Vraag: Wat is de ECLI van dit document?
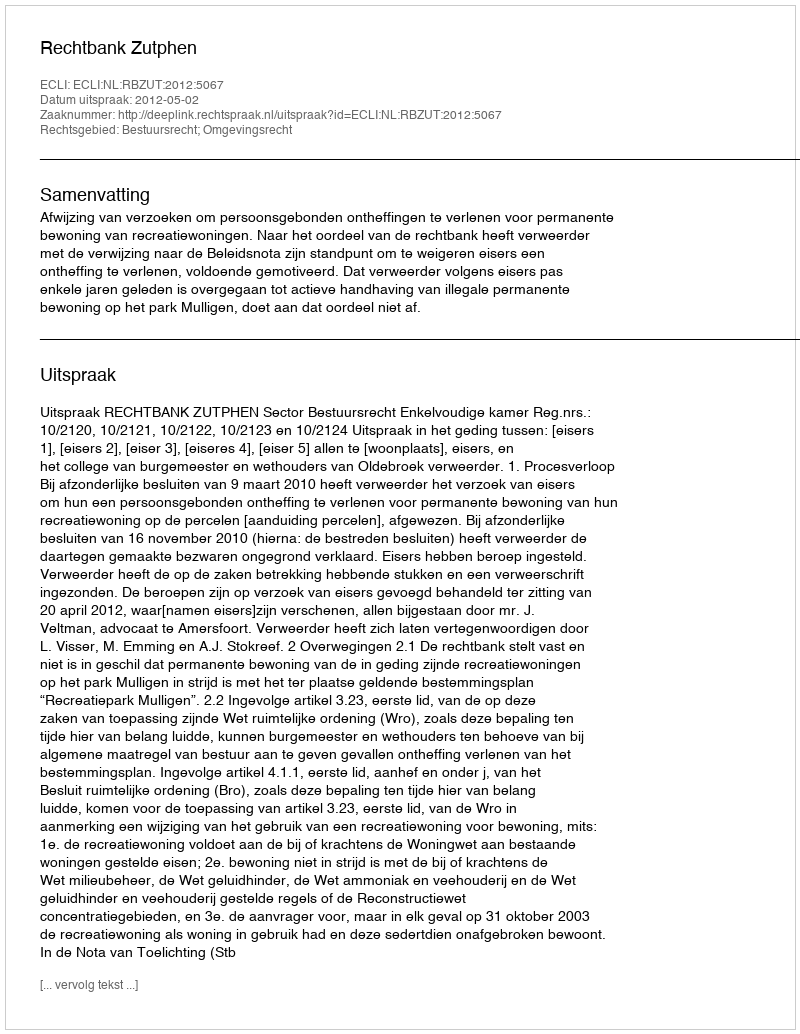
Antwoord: ECLI:NL:RBZUT:2012:5067